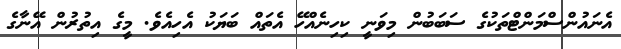
އެނައުންސްމަންޓްތަކުގެ ސަބަބުން މިވަނީ ކިހިނެއްހޭ އެތައް ބަޔަކު އެހިއެވެ. މީގެ އިތުރުން އޭނާގެ